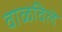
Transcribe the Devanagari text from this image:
वाळविले